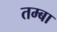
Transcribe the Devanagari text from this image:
तम्बा